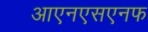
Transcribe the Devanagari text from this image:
आएनएसएनफ